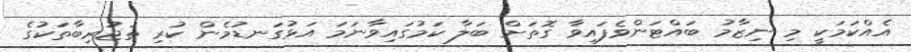
އެއްކަމަކީ މި ނިޒާމު ބައްޓަންވެފައިވާ ގޮތަށް ބަލާ ކަމުގައިވާނަމަ އަޅުގަނޑުމެން ކުރި ތަޖުރިބާތަކުގެ